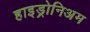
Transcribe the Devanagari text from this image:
हाइड्रोनिअम